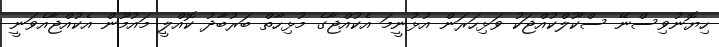
ހިޔޮނުވިސްނޭ ސްކޫލްކުއްޖަކު ވަޅިހަރަން އުޅުނީމަ އެކުއްޖާގެ މުޅިހާތް ބަރުބާދު ކޮއްލީ މައުމޫން އެކުއްޖާއެވަނީ